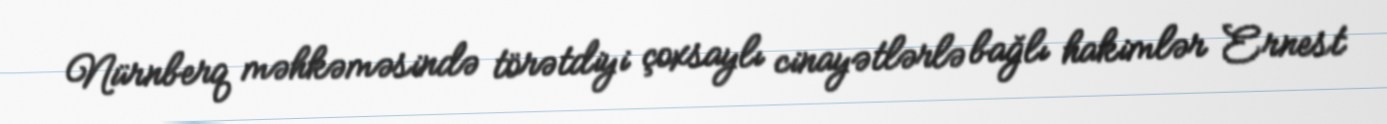
Nürnberq məhkəməsində törətdiyi çoxsaylı cinayətlərlə bağlı hakimlər Ernest